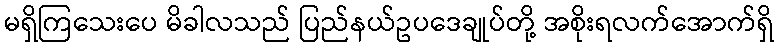
မရှိကြသေးပေ မိခါလသည် ပြည်နယ်ဥပဒေချုပ်တို့ အစိုးရလက်အောက်ရှိ